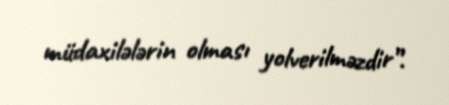
müdaxilələrin olması yolverilməzdir”.